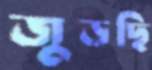
জুড়ছি